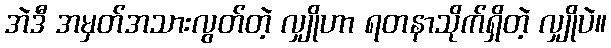
အဲဒီ အမှတ်အသားလွတ်တဲ့ လျှိုဟာ ရတနာသိုက်ရှိတဲ့ လျှိုပဲ။